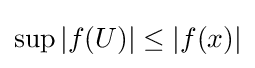
\sup |f(U)|\leq |f(x)|